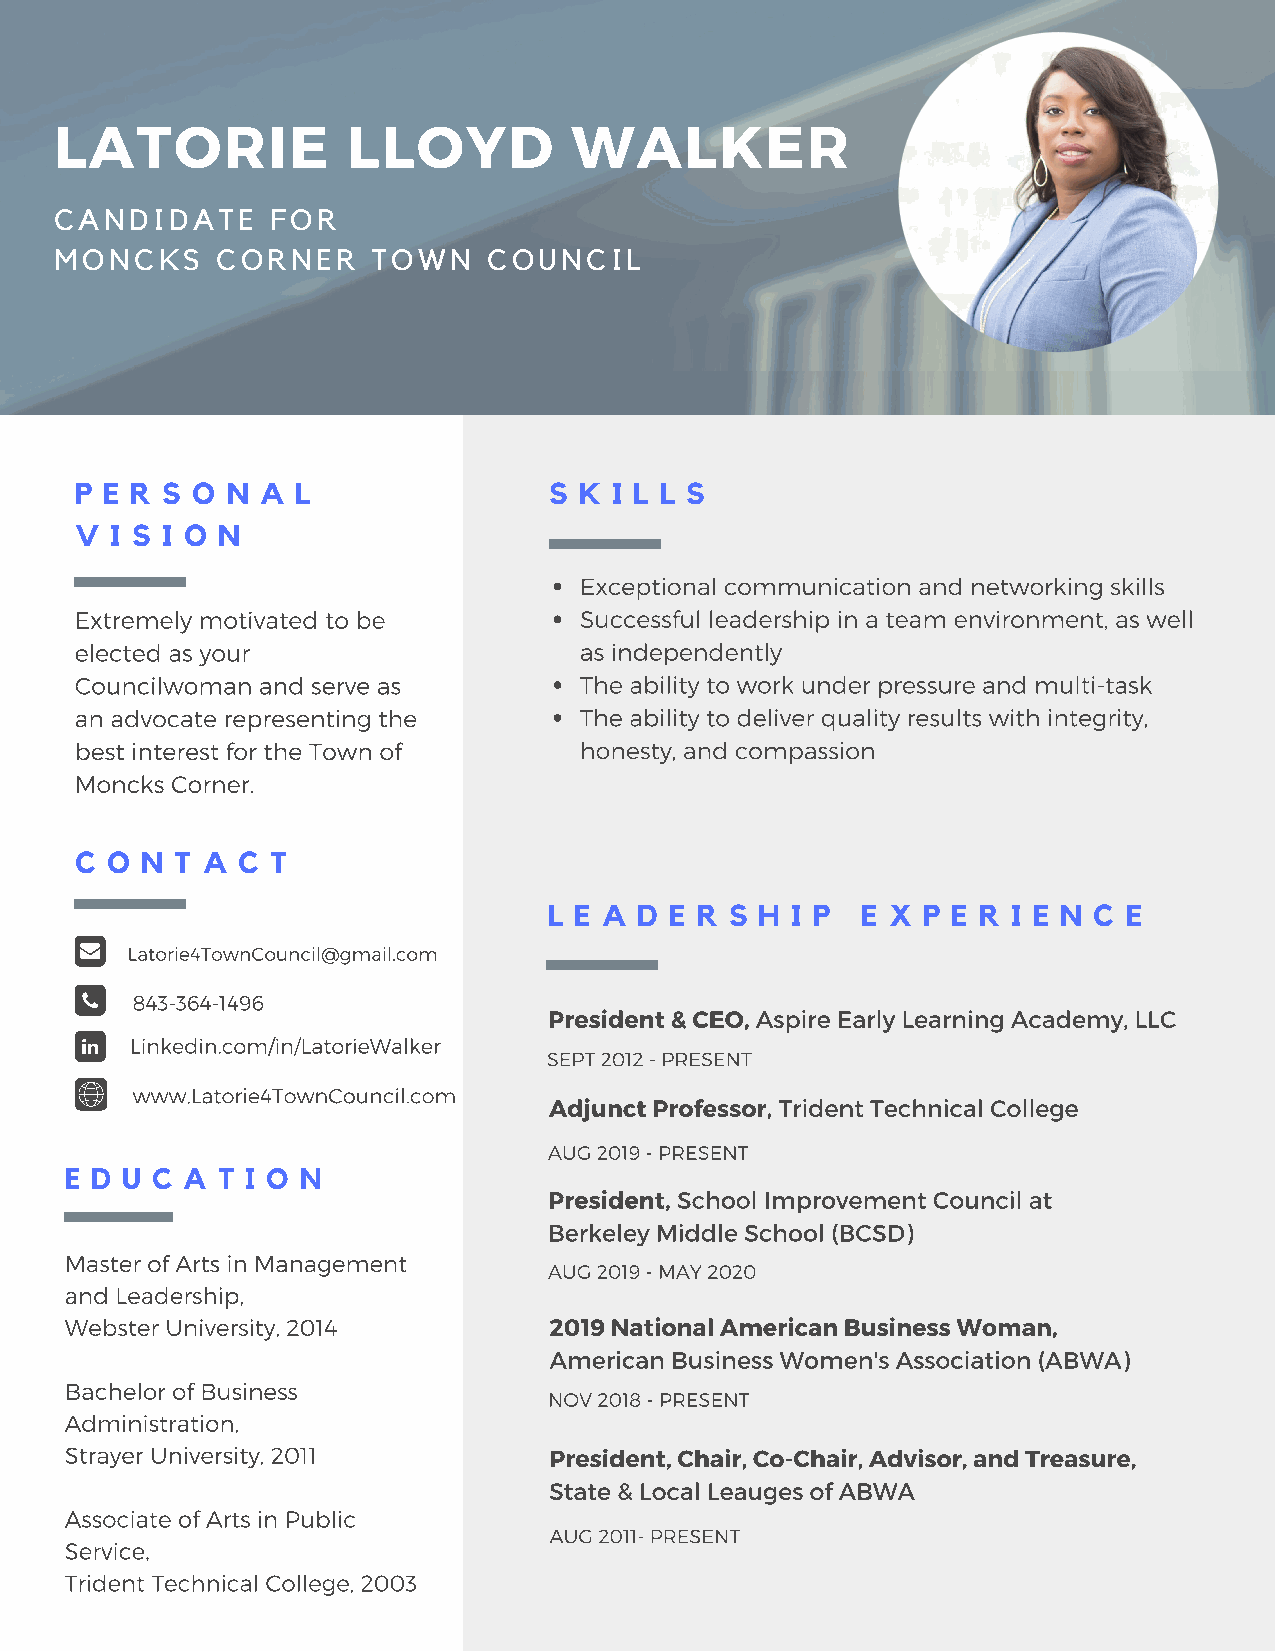
LATORIE            LLOYD          WALKER
 CANDIDATE     FOR
 MONCKS    CORNER     TOWN   COUNCIL
 P E R S O N A  L               S K I L L S
 V I S I O N
 Exceptional communication and networking skills
 Extremely motivated to be        Successful leadership in a team environment, as well
 elected as your                  as independently
 Councilwoman and serve as        The ability to work under pressure and multi-task
 an advocate representing the     The ability to deliver quality results with integrity,
 best interest for the Town of    honesty, and compassion
 Moncks Corner.
 C O N  T A C T
 L E A D E R S H I P  E X P E R I E N C E
 Latorie4TownCouncil@gmail.com
 843-364-1496
 President & CEO, Aspire Early Learning Academy, LLC
 Linkedin.com/in/LatorieWalker
 SEPT 2012 - PRESENT
 www.Latorie4TownCouncil.com
 Adjunct Professor, Trident Technical College
 AUG 2019 - PRESENT
 E D U C A T I O N
 President, School Improvement Council at
 Berkeley Middle School (BCSD)
 Master of Arts in Management
 AUG 2019 - MAY 2020
 and Leadership,
 Webster University, 2014        2019 National American Business Woman,
 American Business Women's Association (ABWA)
 Bachelor of Business
 NOV 2018 - PRESENT
 Administration,
 Strayer University, 2011        President, Chair, Co-Chair, Advisor, and Treasure,
 State & Local Leauges of ABWA
 Associate of Arts in Public
 AUG 2011- PRESENT
 Service,
 Trident Technical College, 2003